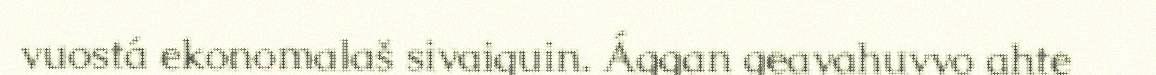
vuostá ekonomalaš sivaiguin. Ággan geavahuvvo ahte